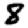
Digit: 8